Civil Veterinary Department Bihar reports 1940-50 - 1940-1950
Year: 1940
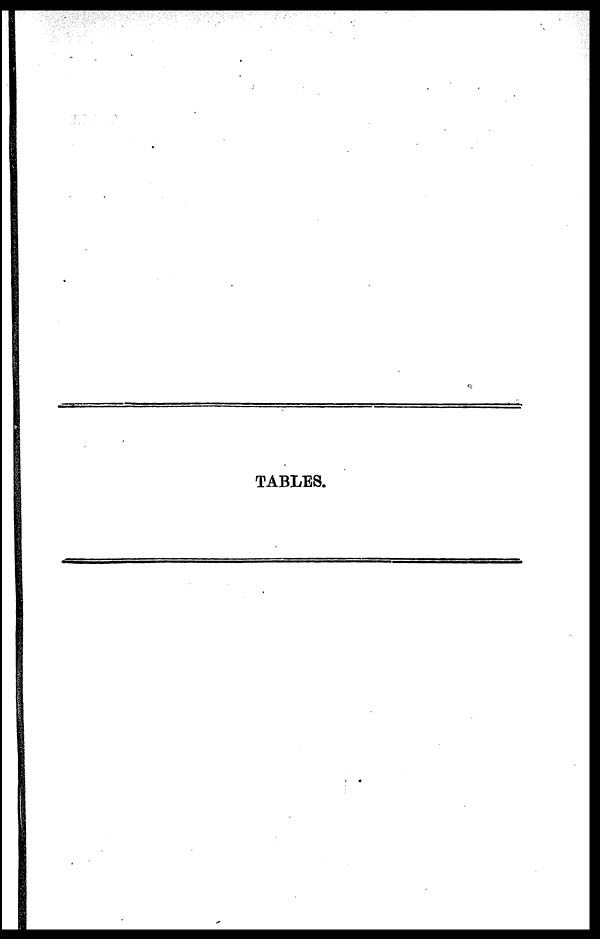
TABLES.